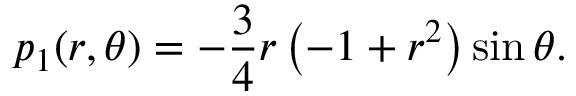
p _ { 1 } ( r , \theta ) = - \frac { 3 } { 4 } r \left( - 1 + r ^ { 2 } \right) \sin \theta .